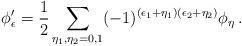
LaTeX: \begin{align*}\phi'_{\epsilon} = \frac{1}{2} \sum_{\eta_{1}, \eta_{2}=0,1} (-1)^{(\epsilon_{1} + \eta_{1})(\epsilon_{2} + \eta_{2})} \phi_{\eta} \, .\end{align*}